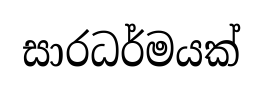
සාරධර්මයක්